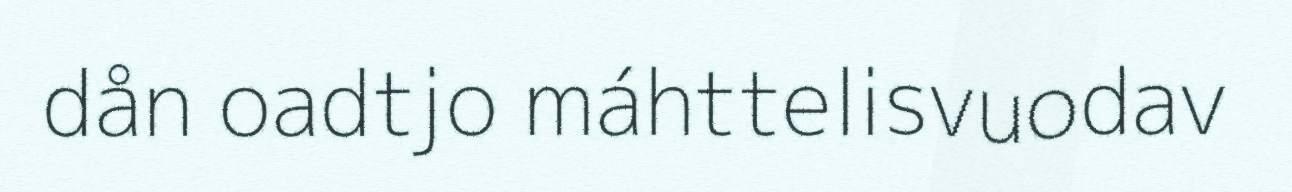
dån oadtjo máhttelisvuodav